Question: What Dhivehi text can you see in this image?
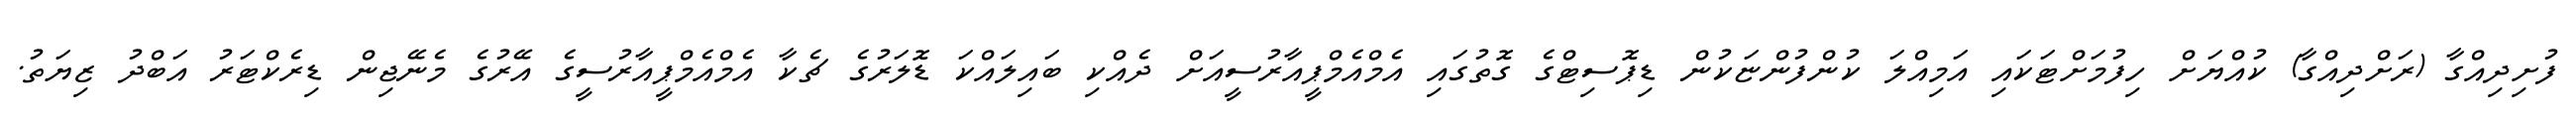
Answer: ފުށިދިއްގާ (ރަށްދިއްގާ) ކުއްޔަށް ހިފުމަށްޓަކައި އަމިއްލަ ކުންފުންޏަކުން ޑިޕޮސިޓްގެ ގޮތުގައި އެމްއެމްޕީއާރުސީއަށް ދެއްކި ބައިލައްކަ ޑޮލަރުގެ ޗެކާ އެމްއެމްޕީއާރުސީގެ އޭރުގެ މެނޭޖިން ޑިރެކްޓަރު އަބްދު ޒިޔަތު.